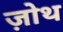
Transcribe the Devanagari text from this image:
ज़ोथ